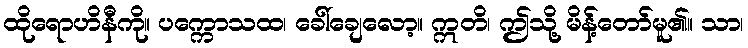
ထိုရောဟိနီကို။ ပက္ကောသထ၊ ခေါ်ချေလော့။ ဣတိ၊ ဤသို့ မိန့်တော်မူ၏။ သာ၊